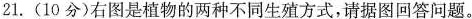
21.(10分)右图是植物的两种不同生殖方式，请据图回答问题。